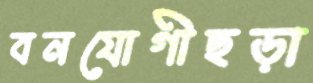
বনযোগীছড়া